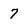
Character: 7